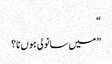
“
”میں سانولی ہوں نا؟